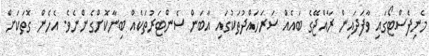
މެނިފެސްޓޯގައި ވާފަދައިން ރާއްޖޭގެ ބައެއް ސަރަހައްދުތަކުގައި އާބަން ސެންޓަރުތަކެއް ބިނާކޮށްގެންނެވެ. އެހެން ގޮތަކަށް